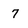
Character: 7